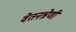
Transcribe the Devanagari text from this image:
वेतनश्रेणी